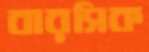
বারসিক